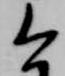
今